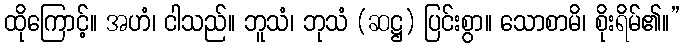
ထိုကြောင့်။ အဟံ၊ ငါသည်။ ဘူသံ၊ ဘုသံ (ဆဋ္ဌ) ပြင်းစွာ။ သောစာမိ၊ စိုးရိမ်၏။”